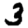
Digit: 3